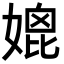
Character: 媲